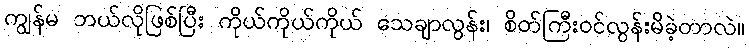
ကျွန်မ ဘယ်လိုဖြစ်ပြီး ကိုယ်ကိုယ်ကိုယ် သေချာလွန်း၊ စိတ်ကြီးဝင်လွန်းမိခဲ့တာလဲ။